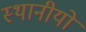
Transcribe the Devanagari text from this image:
स्थानीयों